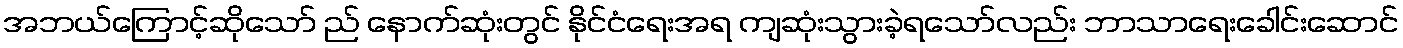
အဘယ်ကြောင့်ဆိုသော် ည် နောက်ဆုံးတွင် နိုင်ငံရေးအရ ကျဆုံးသွားခဲ့ရသော်လည်း ဘာသာရေးခေါင်းဆောင်